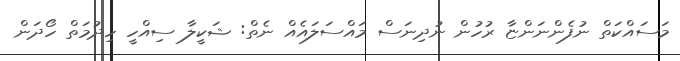
މަސައްކަތް ނުފެންނަންޏާ ރުހުން ނުދިނަސް މައްސަލައެއް ނެތް: ޝަކީލާ ސިއްހީ ހިދުމަތް ހޯދަން